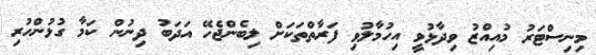
މިނިސްޓަރު މުއިއްޒު ވިދާޅުވީ އިހުމާލުވި ފަރާތްތަކަށް ލިބެންޖެހޭ އަދަބު ދިނުން ކަމާ ގުޅުންހުރި